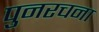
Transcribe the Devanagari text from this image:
पुनरचना